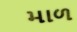
માળ